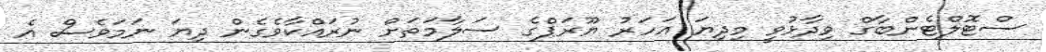
ސްޓޮލްޓެންބާގް ވިދާޅުވީ މިދިޔަ އަހަރު ޔޫރަޕްގެ ސަލާމަތަށް ނުރައްކާވެގެން ދިޔަ ނަމަވެސް އެ